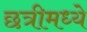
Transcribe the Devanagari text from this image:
छत्रीमध्ये